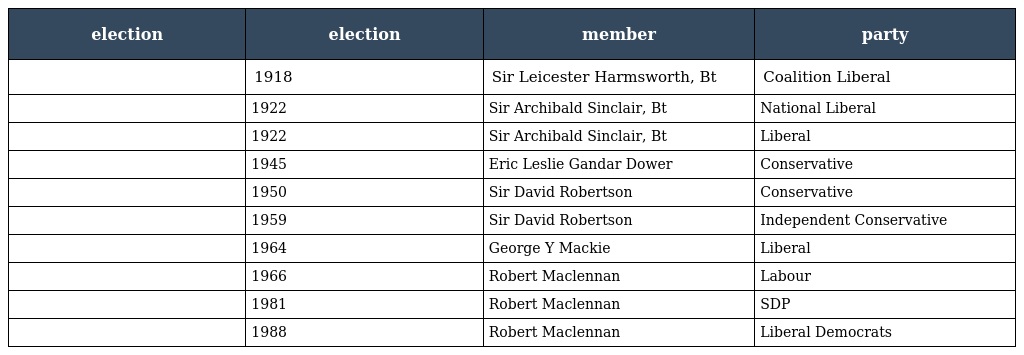
| election | election | member | party |
 | --- | --- | --- | --- |
 |  | 1918 | Sir Leicester Harmsworth, Bt | Coalition Liberal |
 |  | 1922 | Sir Archibald Sinclair, Bt | National Liberal |
 |  | 1922 | Sir Archibald Sinclair, Bt | Liberal |
 |  | 1945 | Eric Leslie Gandar Dower | Conservative |
 |  | 1950 | Sir David Robertson | Conservative |
 |  | 1959 | Sir David Robertson | Independent Conservative |
 |  | 1964 | George Y Mackie | Liberal |
 |  | 1966 | Robert Maclennan | Labour |
 |  | 1981 | Robert Maclennan | SDP |
 |  | 1988 | Robert Maclennan | Liberal Democrats |